Report on malaria in the Punjab during the year ...  together with an account of the work of the Punjab Malaria Bureau - Volume 6
Disease focus: Malaria
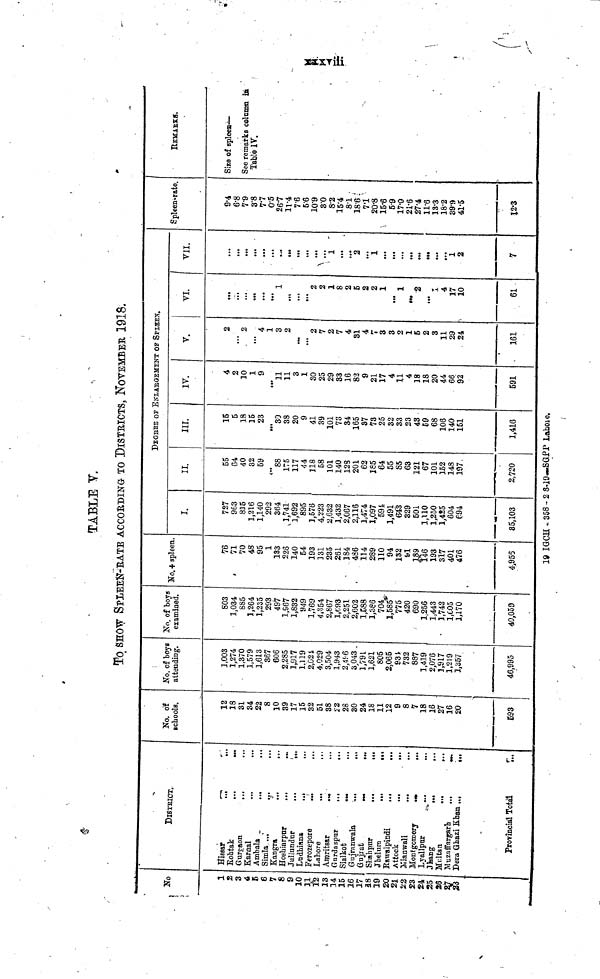
TABLE V.
To SHOW SPIEEN-RATE ACCORDING TO DISTRICTS, NOVEMBER 1918.
No
1
2
3
4
5
6
7
8
9
10
31
12
13
14
15
16
17
18
19
20
21
22
S3
24
25
26
27
28
DlSTRICT.
Hissar
..
Rohtak
...
...
Gurgaon ... ...
Karnal ... ...
Ambala
...
...
Simla ...
...
Kangra
...
...
Hoshiarpur
...
...
Jullundur
...
...
Ludhiana
...
Ferozepore ... ...
Lahore
...
Amristar
...
...
Gurdaspur
...
...
Sialkot
...
Gujranwala
...
...
Gujrat
...
...
Shahpur
...
...
Jhelum
...
...
Rawalpindi
...
Attock
...
...
Mianwali ... ...
Montgomery
...
...
Lyallpur ... ...
Jhang ... ...
Maltan ... ...
Muzaffargarb
...
...
Dera Ghazi
Khan
...
...
Provincial Total
...
No. of
schools.
12
18
31
34
22
8
10
39
17
15
32
51
38
22
28
30
24
18
11
12
9
8
7
18
16
27
16
20
Ë93
No. of boys
attending.
1,003
1,274
1,370
1,579
1,613
367
606
2,285
1,917
1.119
2,024
4,029
3,504
1,943
2,196
3 043
1,791
1,621
805
2,065
934
732
887
1,419
2,076
3,917
1,219
1,357
46,995
No. of boys
examined.
803
1,034
885
1,264
1,235
293
497
1,967
1,832
949
1,769
4,354
2,867
1,693
2,251
2,602
1,588
1,386
704
1,585
775
420
690
1,256
1,443
1,742
1,005
1,170
40,059
No. + spleen
76
71
70
48
95
1
133
226
140
54
193
331
235
261
184
486
114
289
110
94
132
91
189
146
193
317
401
476
4,956
DEGREE OF ENLARGEMENT OF SPLEEN
I.
727
963
815
1,216
1,140
292
364
1,741
1,692
895
1,576
4,223
2,632
1,432
2,067
2,116
1,474
1,097
594
1,491
643
329
501
1,110
1,250
1,425
604
694
35,103
II.
55
64
40
32
59
88
175
117
44
118
58
101
140
12S
201
62
185
64
55
85
63
121
67
101
352
148
197
2,720
III.
15
5
18
15
23
,„
30
38
20
9
41
39
101
73
84
165
37
73
25
32
33
23
43
59
68
106
140
151
1,416
IV.
4
2
30
1
9
,,,
11
11
3
1
30
25
29
33
16
82
9
21
17
4
11
4
18
18
20
44
66
92
591
V.
2
• ••
2
...
4
1
3
2
...
...
2
7
2
7
4
81
4
7
3
3
2
1
5
2
3
11
29
24
161
VI.
...
...
...
...
,..
1
...
...
...
2
2
1
S
2
S
2
2
1
...
1
...
2
1
4
17
10
61
VII.
...
...
...
...
...
...
...
...
...
..
...
1
...
...
2
...
1
...
...
...
...
...
...
...
...
1
2
7
Spleen-rate.
94
6.8
79
3.8
7.7
0.5
26.7
11.4
7.6
5.6
10.9
3.0
8.2
15.4
8.1
186
71
20.8
15.6
5.9
17.0
21.6
27.4
11.6
13.3
18.2
399
41.5
12.3
REMARKS.
Size of spleen—
See remarks column in
Table IV.
19 IGCH -358-2 8-19---SGPP Laholo.